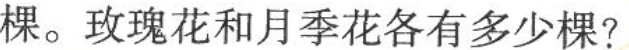
棵。玫瑰花和月季花各有多少棵?